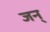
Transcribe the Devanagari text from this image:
जन्‌